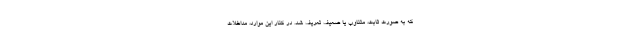
که به صورت ثابت، متناوب یا ضعیف تعریف شد. در کنار این موارد، مداخلات